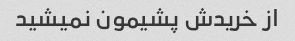
از خریدش پشیمون نمیشید